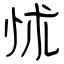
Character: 怵